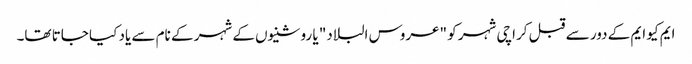
ایم کیو ایم کے دور سے قبل کراچی شہر کو "عروس البلاد" یا روشنیوں کے شہر کے نام سے یاد کیا جاتا تھا۔